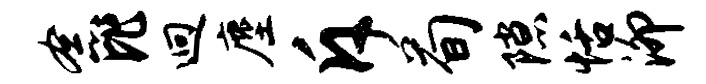
念比迥麈斥荀隙恬泖